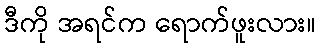
ဒီကို အရင်က ရောက်ဖူးလား။